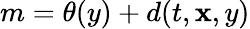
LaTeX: m=\theta(y)+d(t,\mathbf{x},y)